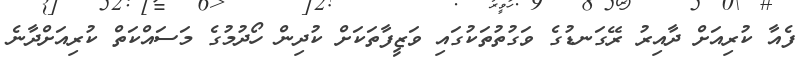
ފެއާ ކުރިއަށް ދާއިރު ރޭގަނޑުގެ ވަގުތުތަކުގައި ވަޒީފާތަކަށް ކުދިން ހޯދުމުގެ މަސައްކަތް ކުރިއަށްދާނެ